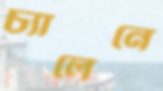
চ্যালেনে